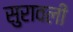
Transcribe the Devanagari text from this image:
सुरावली